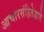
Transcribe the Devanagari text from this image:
आचारसंहितेद्वारे